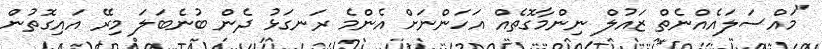
"މައްސަލައެއްނެތް ޒައުލް ނިންމާގޮތެއް އަހަންނަށް އެންމެ ރަނގަޅު ދެން ބުނެބަލަ މިރޭ އައިގޮތުން